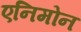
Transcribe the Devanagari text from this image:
एनिमोन